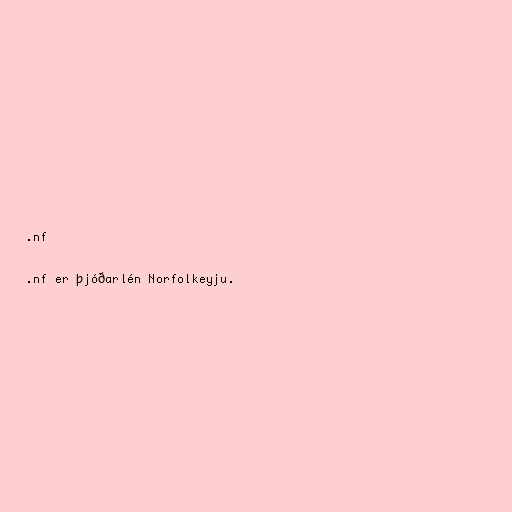
.nf

.nf er þjóðarlén Norfolkeyju.